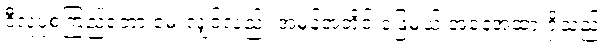
ဒီလူ့ပုံစံကြည့်ရတာ မေးလျှင်လည်း အမှန်အတိုင်းဖြေမယ့် အနေအထားရှိသည်။